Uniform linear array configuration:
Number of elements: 8
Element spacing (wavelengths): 1
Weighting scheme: hamming
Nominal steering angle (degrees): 15
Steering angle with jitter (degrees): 15.996
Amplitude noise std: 0.05
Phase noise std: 0.05

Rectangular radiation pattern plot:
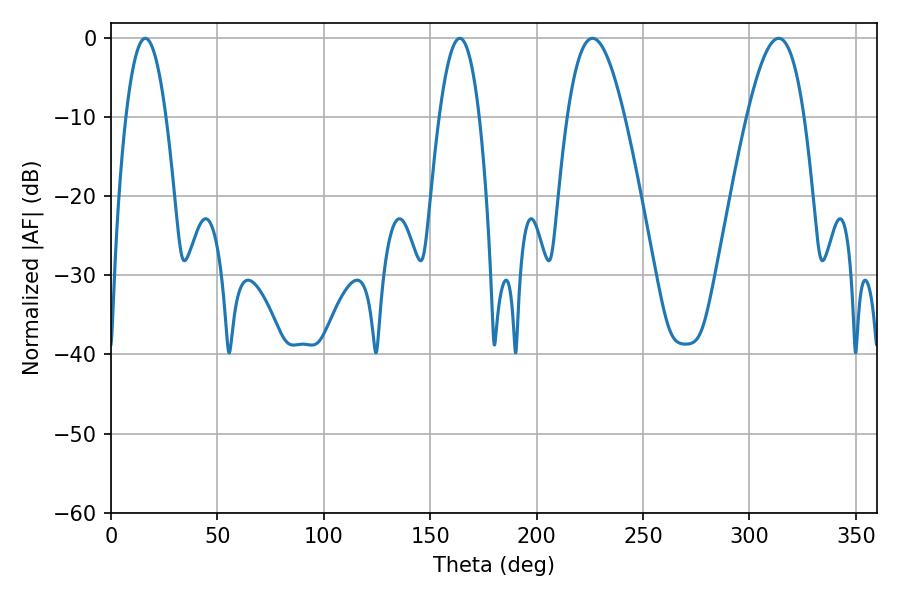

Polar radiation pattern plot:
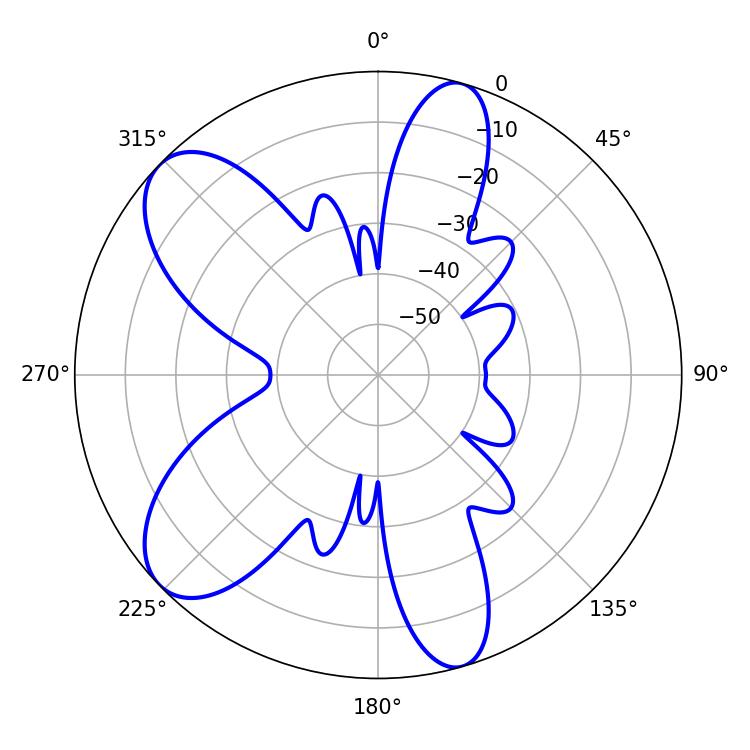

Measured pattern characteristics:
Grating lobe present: TRUE
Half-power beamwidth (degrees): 14.58
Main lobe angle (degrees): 226.26